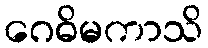
ဂေဓိမကာသိ